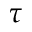
\tau